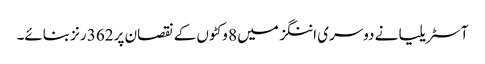
آسٹریلیا نے دوسری اننگز میں 8 وکٹوں کے نقصان پر 362 رنز بنائے۔